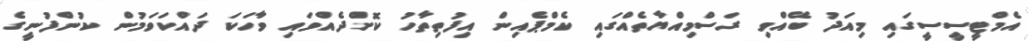
އެމްޓީސީސީގައި މިއަދު ބޭއްވި ރަސްމިއްޔާތެއްގައި ކެމްޕެއިން އިފުތިތާހު ކޮށްދެއްވައި ވާހަކަ ދައްކަވަމުން ކުންފުނީގެ